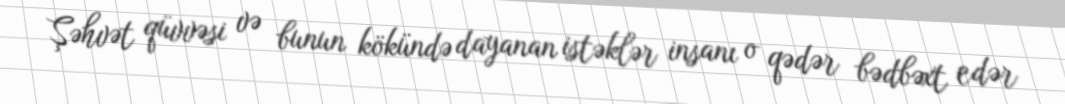
Şəhvət qüvvəsi və bunun kökündə dayanan istəklər insanı o qədər bədbəxt edər